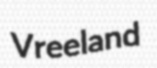
Vreeland